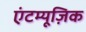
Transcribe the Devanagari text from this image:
एंटम्यूज़िक